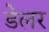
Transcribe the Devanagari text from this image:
डेलर